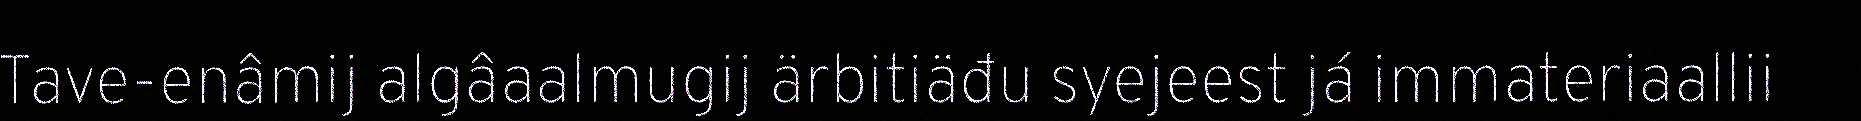
Tave-enâmij algâaalmugij ärbitiäđu syejeest já immateriaallii